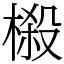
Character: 榝